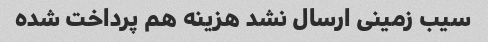
سیب زمینی ارسال نشد هزینه هم پرداخت شده